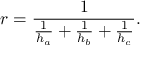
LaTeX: r = { \frac { 1 } { { \frac { 1 } { h _ { a } } } + { \frac { 1 } { h _ { b } } } + { \frac { 1 } { h _ { c } } } } } .